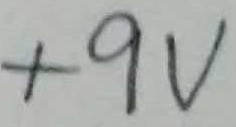
Text: +9V